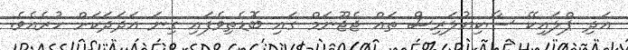
އަދި ޕްލައިކޭ ސާކިޔުލަރިސް ތައް ޖެޖޫނަމް ގައި ބޮޑެތިވެފައި ގިނަ އަދަދަކަށް ހުރެއެވެ.